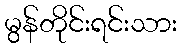
မွန်တိုင်းရင်းသား